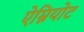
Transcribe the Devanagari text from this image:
ऐम्नियोट